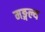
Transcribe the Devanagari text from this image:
मङ्गल्य